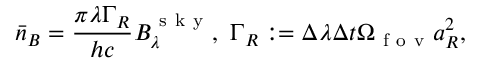
\bar { n } _ { B } = \frac { \pi \lambda \Gamma _ { R } } { h c } B _ { \lambda } ^ { \mathrm { ~ s ~ k ~ y ~ } } , ~ \Gamma _ { R } : = \Delta \lambda \Delta t \Omega _ { \mathrm { ~ f ~ o ~ v ~ } } a _ { R } ^ { 2 } ,